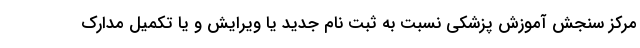
مرکز سنجش آموزش پزشکی نسبت به ثبت نام جدید یا ویرایش و یا تکمیل مدارک